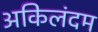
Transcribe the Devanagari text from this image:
अकिलंदम